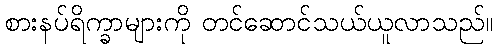
စားနပ်ရိက္ခာများကို တင်ဆောင်သယ်ယူလာသည်။